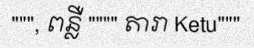
""", ពន្លឺ """" តារា Ketu"""